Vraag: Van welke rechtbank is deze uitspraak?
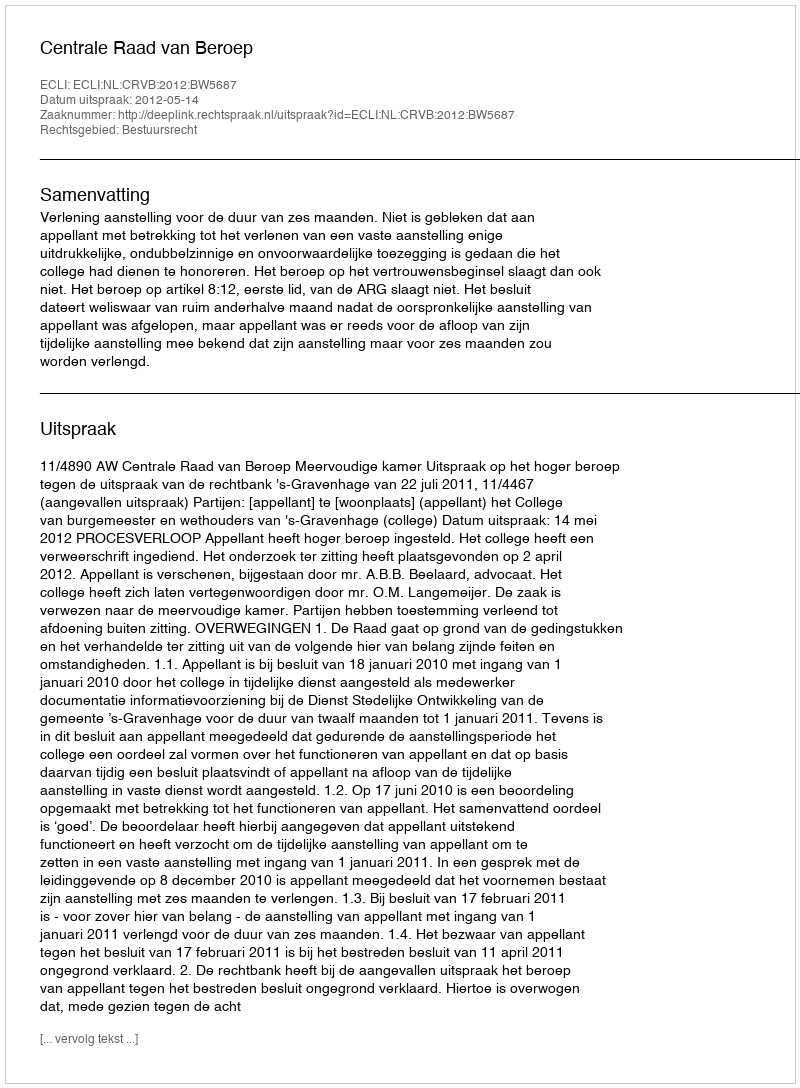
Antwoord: Centrale Raad van Beroep